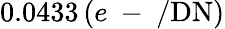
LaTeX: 0.0433\, (e\mathrm{~-~}/\mathrm{DN})